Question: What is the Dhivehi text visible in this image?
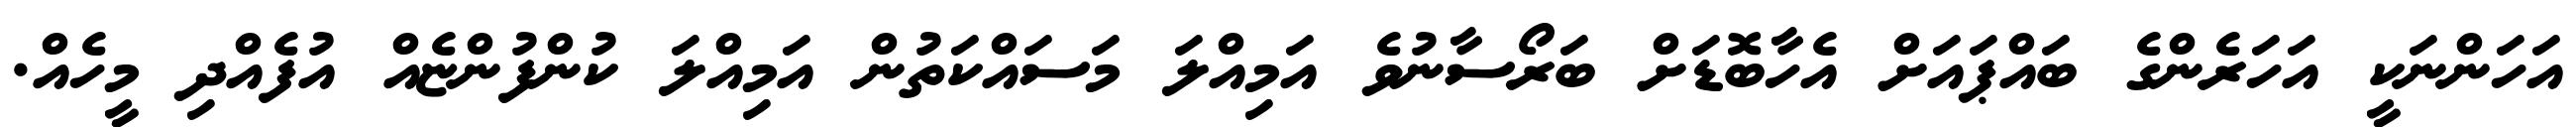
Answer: އަހަންނަކީ އަހަރެންގެ ބައްޕައަށް އެހާބޮޑަށް ބަރޯސާނުވެ އަމިއްލަ މަސައްކަތުން އަމިއްލަ ކުންފުންޏެއް އުފެއްދި މީހެއް.